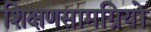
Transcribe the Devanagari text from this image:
शिक्षणसामग्रियों